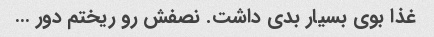
غذا بوی بسیار بدی داشت. نصفش رو ریختم دور …